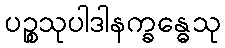
ပဉ္စသုပါဒါနက္ခန္ဓေသု